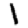
Digit: 1